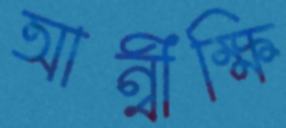
আন্বীক্ষি